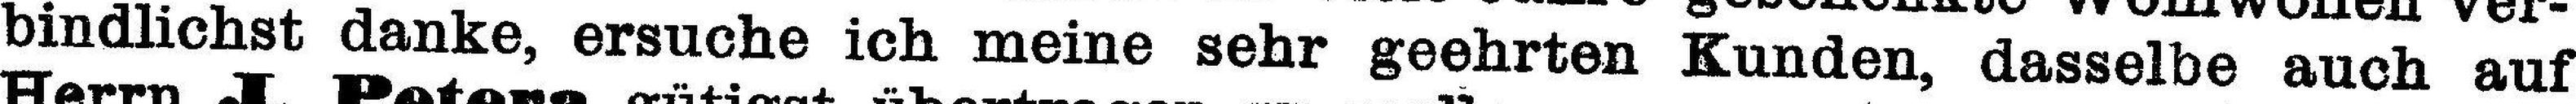
bindlichst danke, ersuche ich meine sehr geehrten Kunden, dasselbe auch auf